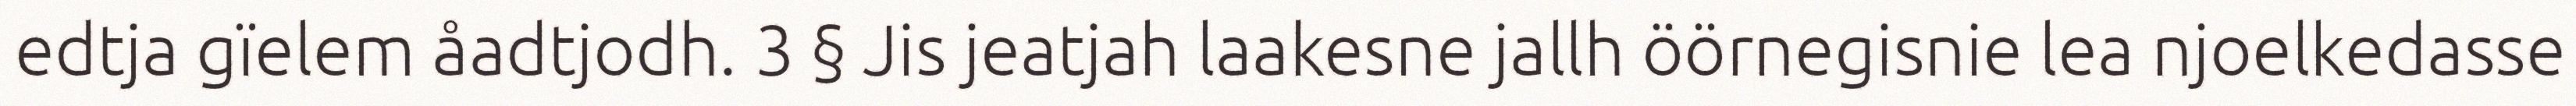
edtja gïelem åadtjodh. 3 § Jis jeatjah laakesne jallh öörnegisnie lea njoelkedasse